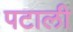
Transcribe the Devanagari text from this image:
पटाली